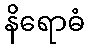
နိရောဓံ